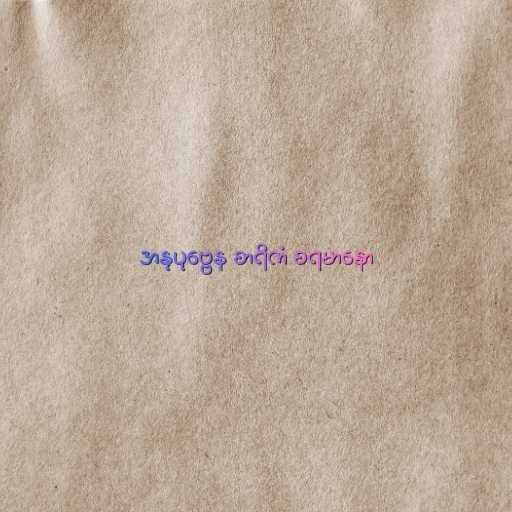
အနုပုဗ္ဗေန စာရိကံ စရမာနော